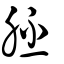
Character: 胚